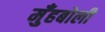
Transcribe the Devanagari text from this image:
मुँहबोली